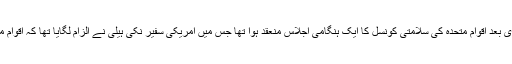
امریکی صدر کی جانب سے یروشلم کو اسرائیل کا دارالحکومت تسلیم کرنے کے فوری بعد اقوامِ متحدہ کی سلامتی کونسل کا ایک ہنگامی اجلاس منعقد ہوا تھا جس میں امریکی سفیر نکی ہیلی نے الزام لگایا تھا کہ اقوام متحدہ دنیا کے ان مراکز میں سے ایک ہے جو اسرائیل دشمنی میں پیش پیش رہے ہیں۔